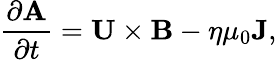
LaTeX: \frac{\partial\mathbf{A}}{\partial t}=\mathbf{U}\times\mathbf{B}-\eta\mu_{0}\mathbf{J},